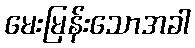
မေးမြန်းသောအခါ